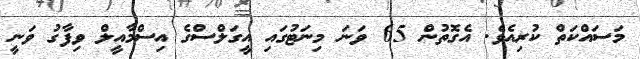
މަސައްކަތް ކުރިއެވެ. އެގޮތުން 65 ވަނަ މިނަޓުގައި އީގަލްސްގެ އިސްމާއީލް ވިފާގު ވަނީ